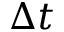
\Delta t